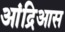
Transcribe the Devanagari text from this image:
आंद्रिआस